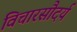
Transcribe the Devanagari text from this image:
विचारसौदर्य